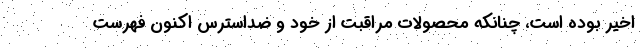
اخیر بوده است، چنانکه محصولات مراقبت از خود و ضداسترس اکنون فهرست